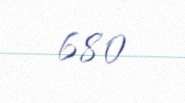
680